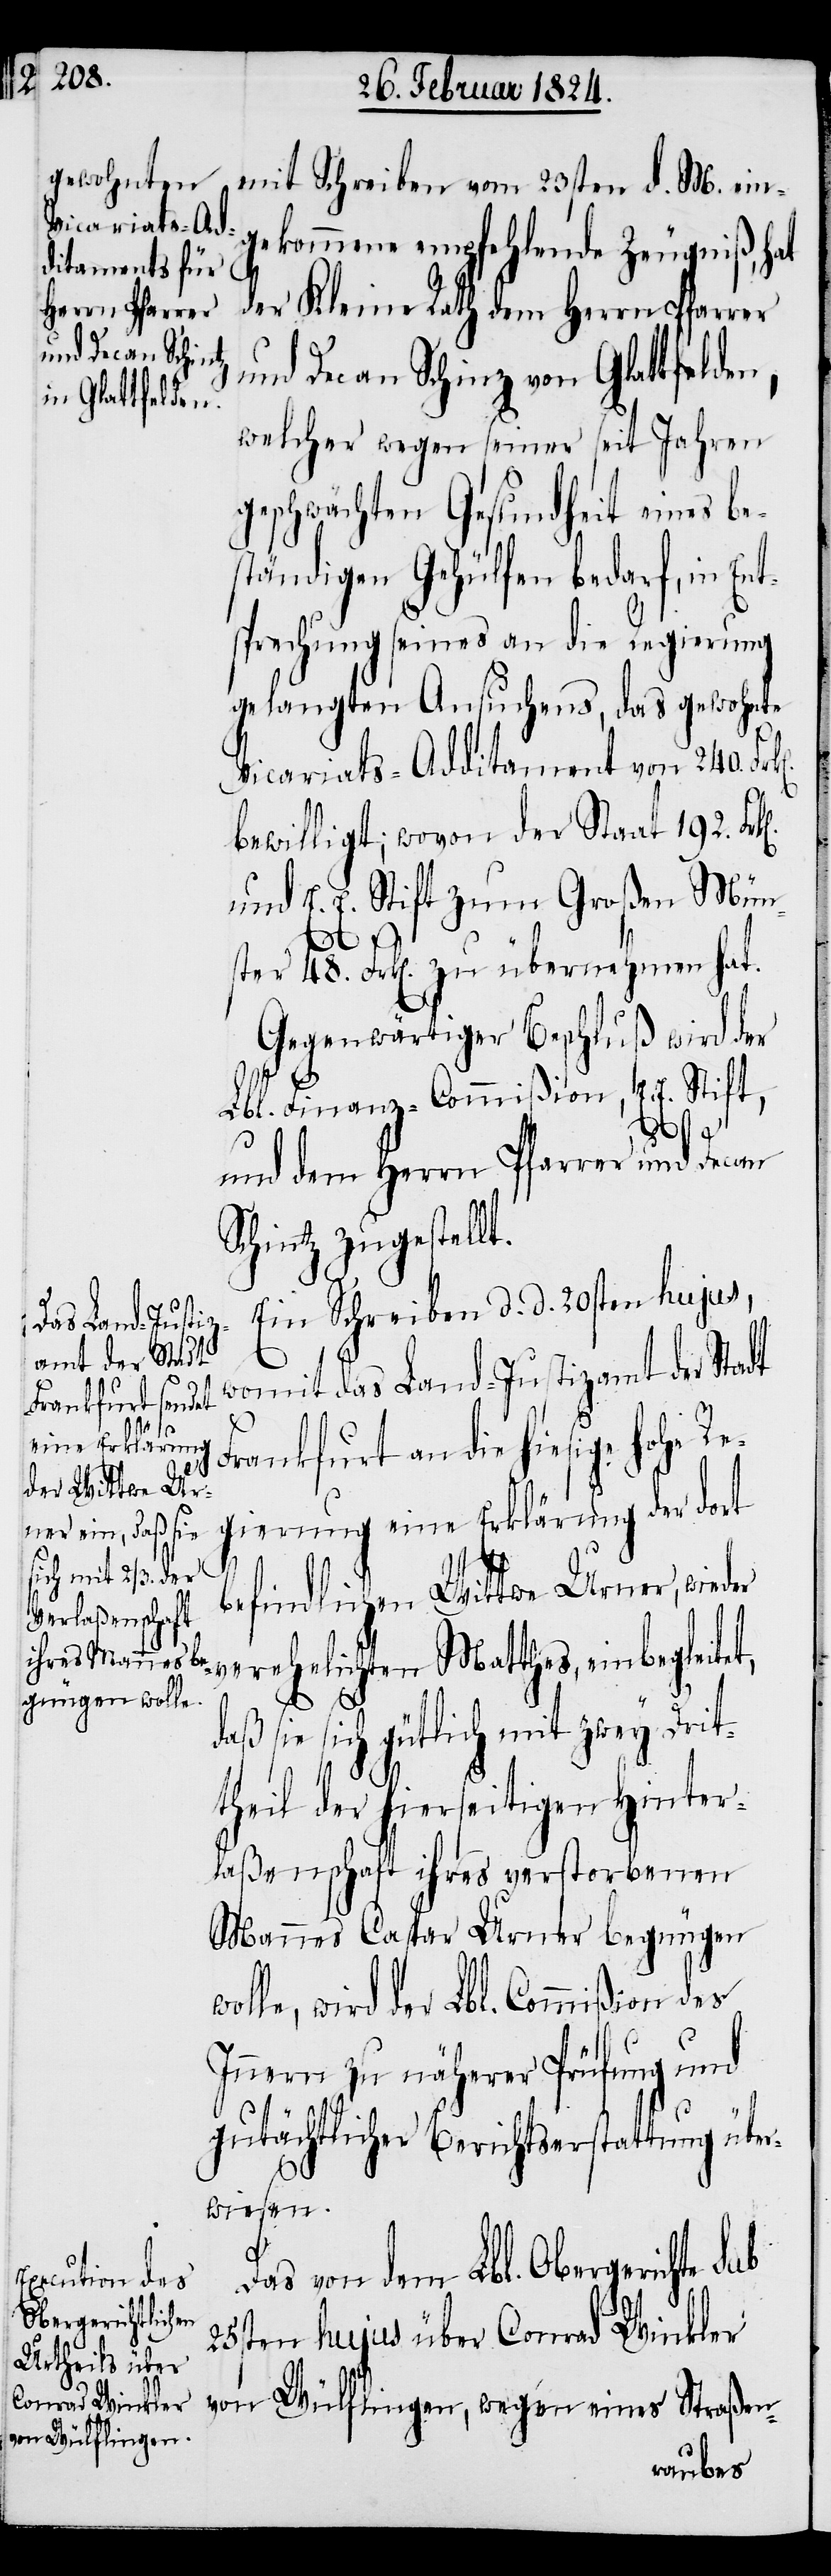
mit Schreiben vom 23sten d. M. ein¬
gekommene empfehlende Zeugniß, hat
der Kleine Rath dem Herrn Pfarrer
und Decan Schinz von Glattfelden,
welcher wegen seiner seit Jahren
geschwächten Gesundheit eines be¬
ständigen Gehülfen bedarf, in Ent¬
sprechung seines an die Regierung
gelangten Ansuchens, das gewohnte
Vicariats-Additament von 240.
bewilligt; wovon der Staat 192.
und E. E. Stift zum Großen Mün¬
ster 48. Frk[en]. zu übernehmen hat.
Gegenwärtiger Beschluß wird der
Lbl. Finanz-Commißion, E. E. Stift,
und dem Herrn Pfarrer und Decan
Schintz zugestellt.
Ein Schreiben d. d. 20sten hujus,
womit das Land-Justizamt der Stadt
Frankfurt an die hiesige hohe Re¬
gierung eine Erklärung der dort
befindlichen Wittwe Urner, wied¬
er verehelichten Matthes, einbegleitet,
daß sie sich gütlich mit zwey Drit¬
w¬
theil der hierseitigen Hinter¬
laßenschaft ihres verstorbenen
Mannes Caspar Urner begnügen
olle, wird der Lbl. Commißion des
Innern zu näherer Prüfung und
gutächtlicher Berichtserstattung über¬
wiesen.
Das von dem Lbl. Obergerichte sub
25sten hujus über Conrad Winkler
von Wülflingen, wegen eines Straßen-